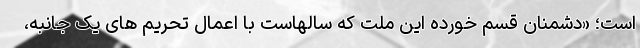
است؛ «دشمنان قسم خورده این ملت که سالهاست با اعمال تحریم هاى یک جانبه،